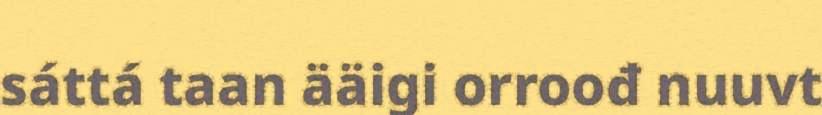
sáttá taan ääigi orroođ nuuvt